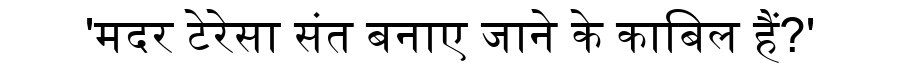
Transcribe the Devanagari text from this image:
'मदर टेरेसा संत बनाए जाने के काबिल हैं?'